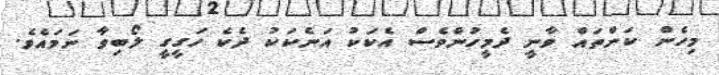
މިހެން ކަންތައް ވާނީ ދެމީހުންވެސް އެކަކު އަނެކަކު ދެކެ ހަގީގީ ލޯބިވާ ނަމައެވެ.